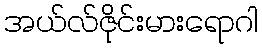
အယ်လ်ဇိုင်းမားရောဂါ